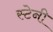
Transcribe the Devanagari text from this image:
स्टेनी